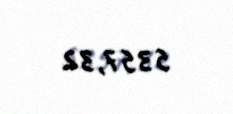
5357,32